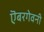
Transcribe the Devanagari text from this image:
ऎबरगेवनी